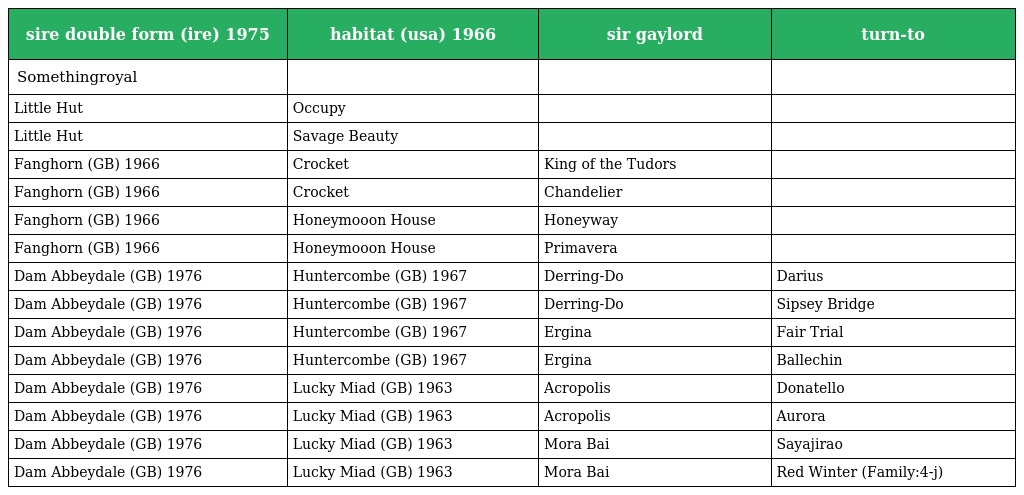
| sire double form (ire) 1975 | habitat (usa) 1966 | sir gaylord | turn-to |
 | --- | --- | --- | --- |
 | Somethingroyal |  |  |  |
 | Little Hut | Occupy |  |  |
 | Little Hut | Savage Beauty |  |  |
 | Fanghorn (GB) 1966 | Crocket | King of the Tudors |  |
 | Fanghorn (GB) 1966 | Crocket | Chandelier |  |
 | Fanghorn (GB) 1966 | Honeymooon House | Honeyway |  |
 | Fanghorn (GB) 1966 | Honeymooon House | Primavera |  |
 | Dam Abbeydale (GB) 1976 | Huntercombe (GB) 1967 | Derring-Do | Darius |
 | Dam Abbeydale (GB) 1976 | Huntercombe (GB) 1967 | Derring-Do | Sipsey Bridge |
 | Dam Abbeydale (GB) 1976 | Huntercombe (GB) 1967 | Ergina | Fair Trial |
 | Dam Abbeydale (GB) 1976 | Huntercombe (GB) 1967 | Ergina | Ballechin |
 | Dam Abbeydale (GB) 1976 | Lucky Miad (GB) 1963 | Acropolis | Donatello |
 | Dam Abbeydale (GB) 1976 | Lucky Miad (GB) 1963 | Acropolis | Aurora |
 | Dam Abbeydale (GB) 1976 | Lucky Miad (GB) 1963 | Mora Bai | Sayajirao |
 | Dam Abbeydale (GB) 1976 | Lucky Miad (GB) 1963 | Mora Bai | Red Winter (Family:4-j) |